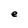
Character: e